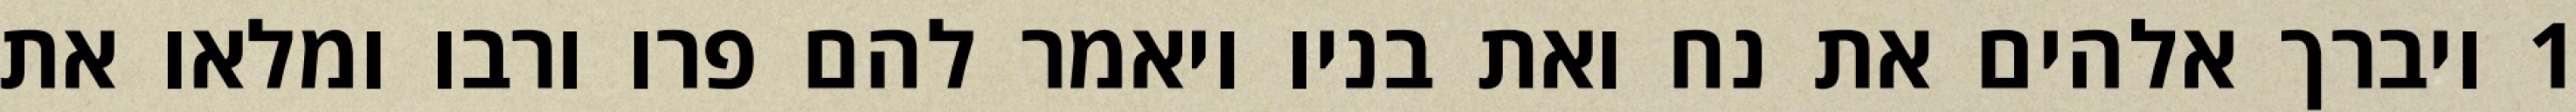
1 ויברך אלהים את נח ואת בניו ויאמר להם פרו ורבו ומלאו את